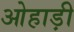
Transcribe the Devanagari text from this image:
ओहाड़ी